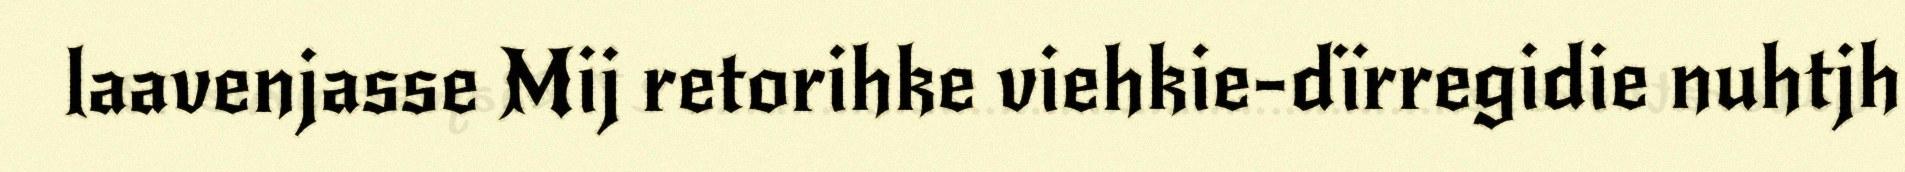
laavenjasse Mij retorihke viehkie-dïrregidie nuhtjh